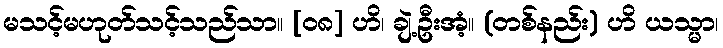
မသင့်မဟုတ်သင့်သည်သာ။ [၀၈] ဟိ၊ ချဲ့ဦးအံ့။ (တစ်နည်း) ဟိ ယသ္မာ၊